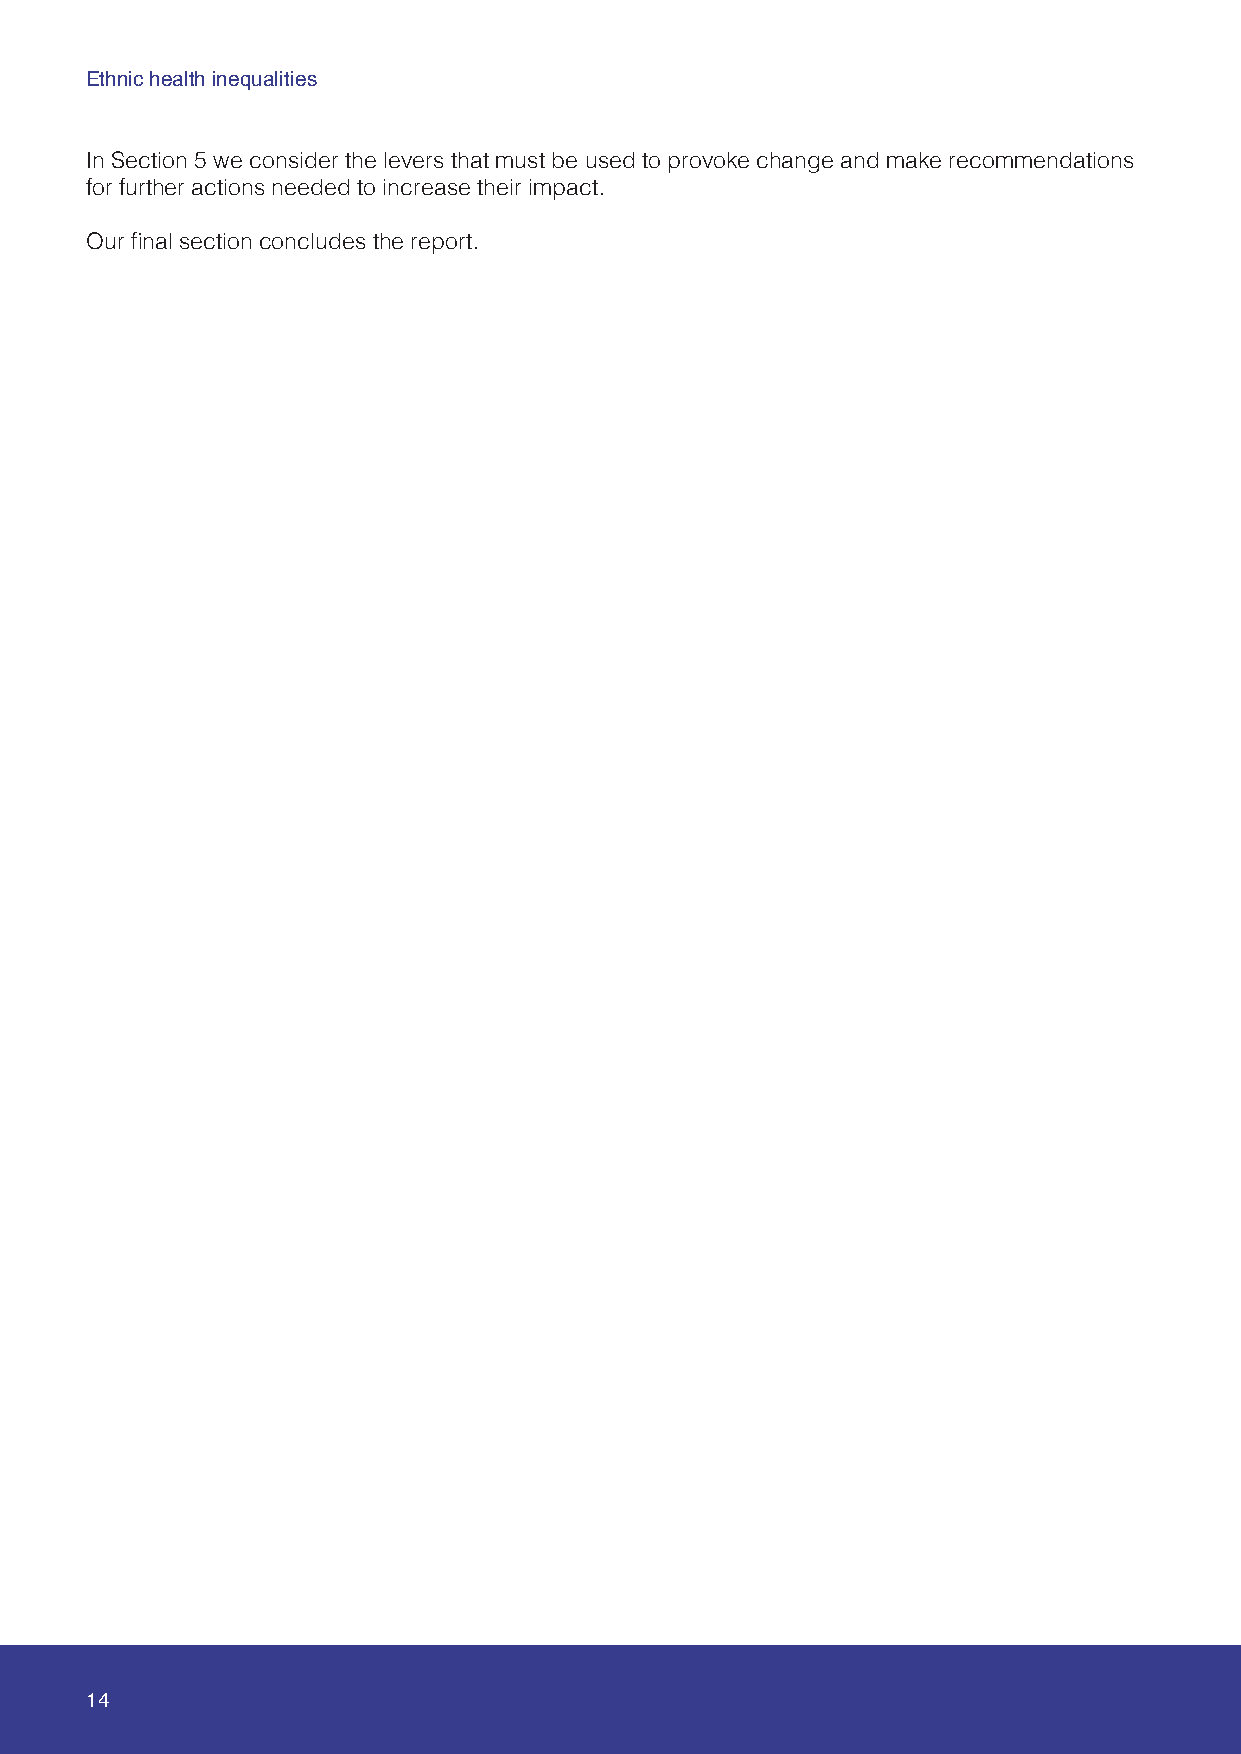
Ethnic health inequalities
 In Section 5 we consider the levers that must be used to provoke change and make recommendations
 for further actions needed to increase their impact.
 Our final section concludes the report.
 14